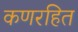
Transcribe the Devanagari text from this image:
कणरहित